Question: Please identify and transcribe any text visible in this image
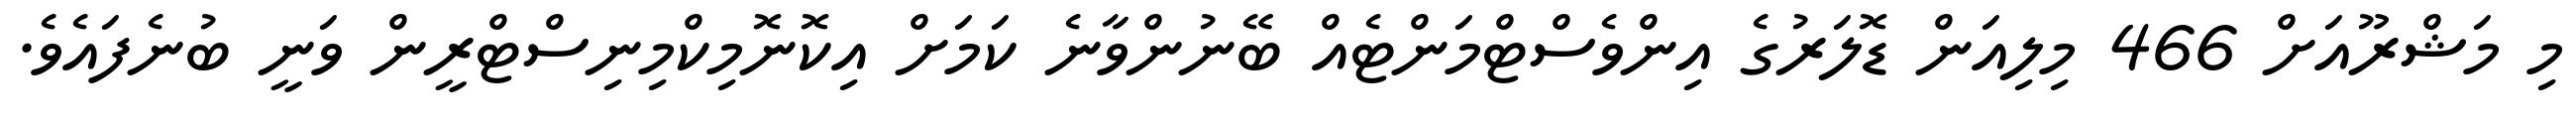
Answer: މި މަޝްރޫއަށް 466 މިލިއަން ޑޮލަރުގެ އިންވެސްޓްމަންޓެއް ބޭނުންވާނެ ކަމަށް އިކޮނޮމިކްމިނިސްޓްރީން ވަނީ ބުނެފައެވެ.